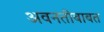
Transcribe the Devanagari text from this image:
अवनतीबाबत